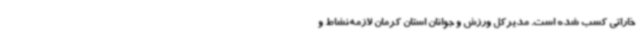
خاراتی کسب شده است. مدیرکل ورزش و جوانان استان کرمان لازمه‌نشاط و